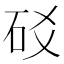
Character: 䂚